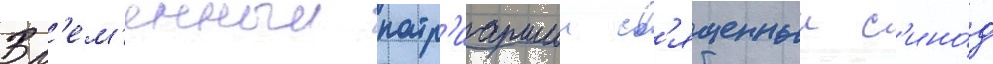
Вр'ем'енныи патр'иаршии св'ященныи с'ино́д